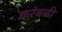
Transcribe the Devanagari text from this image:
करंबळी